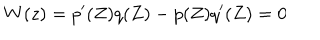
W ( z ) = p ^ { \prime } ( Z ) q ( Z ) - p ( Z ) q ^ { \prime } ( Z ) = 0